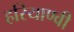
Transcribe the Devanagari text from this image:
हरियाण्वी